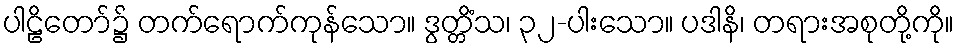
ပါဠိတော်၌ တက်ရောက်ကုန်သော။ ဒွတ္တိံသ၊ ၃၂-ပါးသော။ ပဒါနိ၊ တရားအစုတို့ကို။